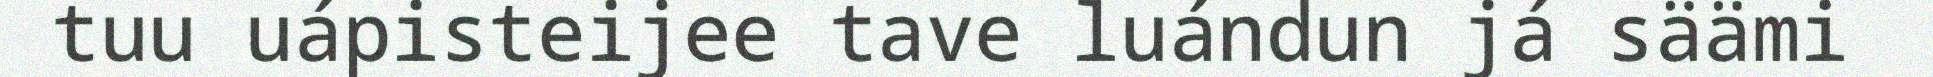
tuu uápisteijee tave luándun já säämi